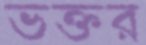
ভক্তর